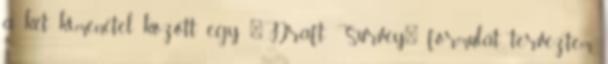
a két kimenetel között egy "Draft Survey" formulát terveztem